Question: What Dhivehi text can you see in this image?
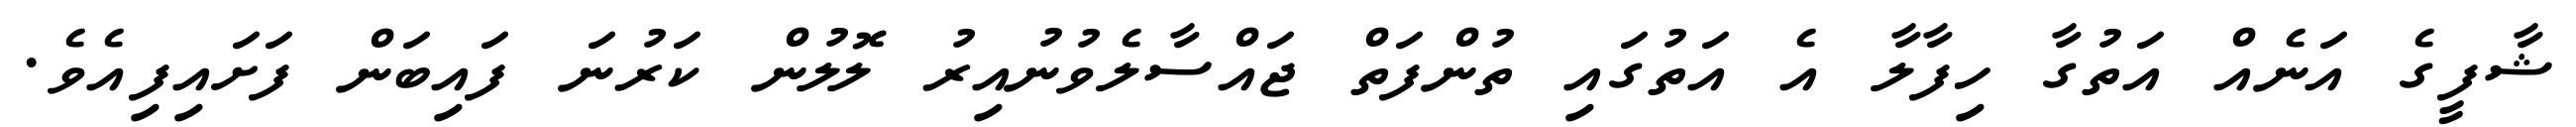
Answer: ޝާފީގެ އަނެއް އަތުގާ ހިފާލާ އެ އަތުގައި ތުންފަތް ޖައްސާލެވުނުއިރު ލޮލުން ކަރުނަ ފައިބަން ފަށައިފިއެވެ.